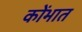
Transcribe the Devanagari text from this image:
कोंभात